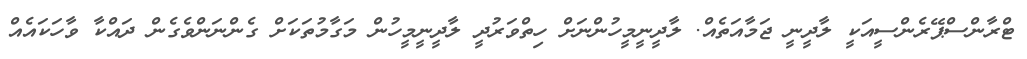
ޓްރާންސްޕޭރެންސީއަކީ ލާދީނީ ޖަމާއަތެއް. ލާދީނީމީހުންނަށް ހިތްވަރުދީ ލާދީނީމީހުން މަގާމުތަކަށް ގެންނަންވެގެން ދައްކާ ވާހަކައެއް